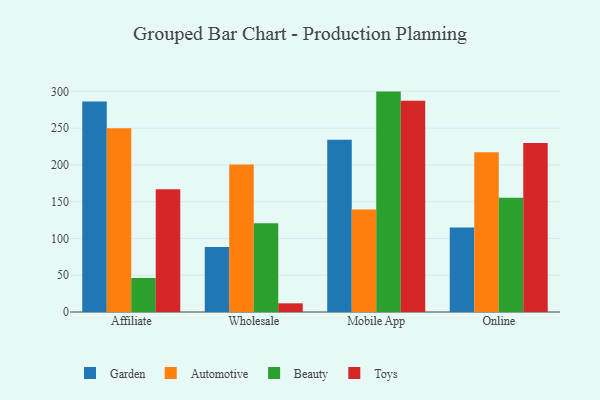
{"axis": {"x": "Channel", "y": "Customer Acquisition Cost (USD)"}, "legend": ["Automotive", "Beauty", "Garden", "Toys"], "data": [{"x": "Affiliate", "y": 286.4, "type": "Garden"}, {"x": "Affiliate", "y": 249.8, "type": "Automotive"}, {"x": "Affiliate", "y": 46.2, "type": "Beauty"}, {"x": "Affiliate", "y": 166.9, "type": "Toys"}, {"x": "Wholesale", "y": 88.4, "type": "Garden"}, {"x": "Wholesale", "y": 200.7, "type": "Automotive"}, {"x": "Wholesale", "y": 120.7, "type": "Beauty"}, {"x": "Wholesale", "y": 11.8, "type": "Toys"}, {"x": "Mobile App", "y": 234.2, "type": "Garden"}, {"x": "Mobile App", "y": 139.5, "type": "Automotive"}, {"x": "Mobile App", "y": 299.7, "type": "Beauty"}, {"x": "Mobile App", "y": 287.1, "type": "Toys"}, {"x": "Online", "y": 114.9, "type": "Garden"}, {"x": "Online", "y": 217.1, "type": "Automotive"}, {"x": "Online", "y": 155.5, "type": "Beauty"}, {"x": "Online", "y": 229.9, "type": "Toys"}]}